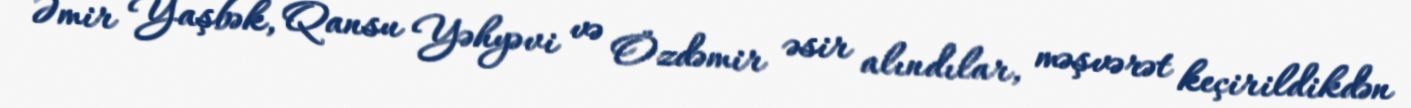
Əmir Yaşbək, Qansu Yəhyəvi və Özdəmir əsir alındılar, məşvərət keçirildikdən